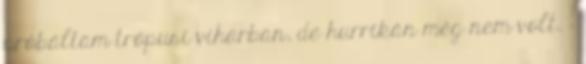
próbáltam trópusi viharban, de hurrikán még nem volt. :